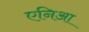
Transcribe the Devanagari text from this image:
एनिआ